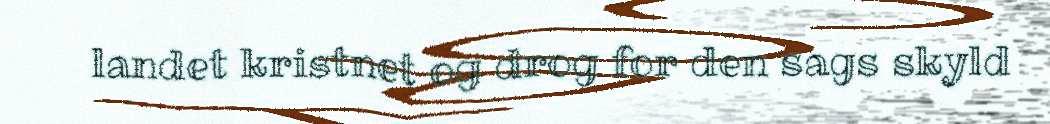
landet kristnet og drog for den sags skyld